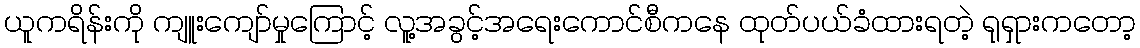
ယူကရိန်းကို ကျူးကျော်မှုကြောင့် လူ့အခွင့်အရေးကောင်စီကနေ ထုတ်ပယ်ခံထားရတဲ့ ရုရှားကတော့